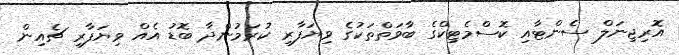
އޮރިޖިނަލް ސެންޓާއި ކޮސްމެޓިކްގެ ބާވަތްތަކުގެ ވިޔަފާރި ކުރަމުންދާ ބޮޑު އެއް ވިޔަފާރި ޗެއިން